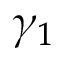
\gamma _ { 1 }